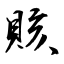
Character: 賅